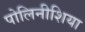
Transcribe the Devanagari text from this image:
पोलिनीशिया